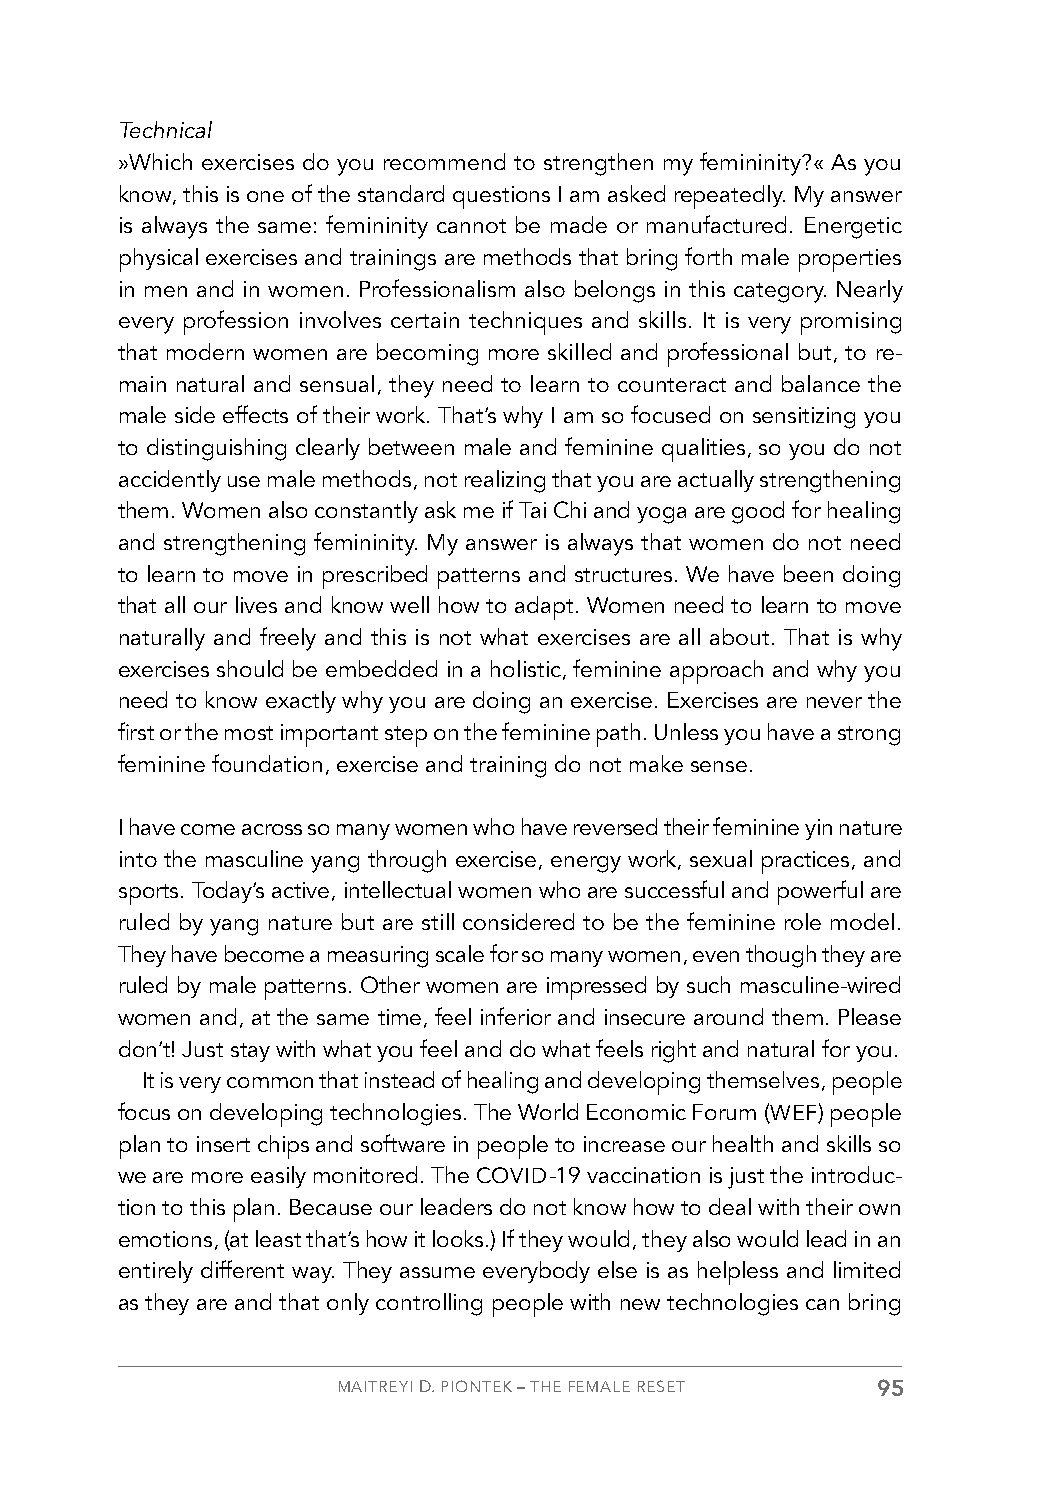
Technical
 »Which exercises do you recommend to strengthen my femininity?« As you
 know, this is one of the standard questions I am asked repeatedly. My answer
 is always the same: femininity cannot be made or manufactured. Energetic
 physical exercises and trainings are methods that bring forth male properties
 in men and in women. Professionalism also belongs in this category. Nearly
 every profession involves certain techniques and skills. It is very promising
 that modern women are becoming more skilled and professional but, to re-
 main natural and sensual, they need to learn to counteract and balance the
 male side effects of their work. That’s why I am so focused on sensitizing you
 to distinguishing clearly between male and feminine qualities, so you do not
 accidently use male methods, not realizing that you are actually strengthening
 them. Women also constantly ask me if Tai Chi and yoga are good for healing
 and strengthening femininity. My answer is always that women do not need
 to learn to move in prescribed patterns and structures. We have been doing
 that all our lives and know well how to adapt. Women need to learn to move
 naturally and freely and this is not what exercises are all about. That is why
 exercises should be embedded in a holistic, feminine approach and why you
 need to know exactly why you are doing an exercise. Exercises are never the
 first or the most important step on the feminine path. Unless you have a strong
 feminine foundation, exercise and training do not make sense.
 I have come across so many women who have reversed their feminine yin nature
 into the masculine yang through exercise, energy work, sexual practices, and
 sports. Today’s active, intellectual women who are successful and powerful are
 ruled by yang nature but are still considered to be the feminine role model.
 They have become a measuring scale for so many women, even though they are
 ruled by male patterns. Other women are impressed by such masculine-wired
 women and, at the same time, feel inferior and insecure around them. Please
 don’t! Just stay with what you feel and do what feels right and natural for you.
 It is very common that instead of healing and developing themselves, people
 focus on developing technologies. The World Economic Forum (WEF) people
 plan to insert chips and software in people to increase our health and skills so
 we are more easily monitored. The COVID-19 vaccination is just the introduc-
 tion to this plan. Because our leaders do not know how to deal with their own
 emotions, (at least that’s how it looks.) If they would, they also would lead in an
 entirely different way. They assume everybody else is as helpless and limited
 as they are and that only controlling people with new technologies can bring
 MAITREYI D. PIONTEK – THE FEMALE RESET 95